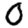
Digit: 0